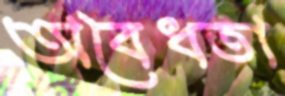
অবৈধতা